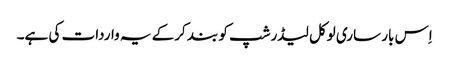
اِس بار ساری لوکل لیڈرشپ کو بند کرکے یہ واردات کی ہے۔